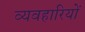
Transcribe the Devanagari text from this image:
व्यवहारियों